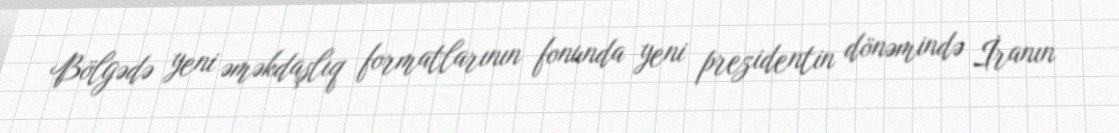
Bölgədə yeni əməkdaşlıq formatlarının fonunda yeni prezidentin dönəmində İranın